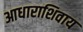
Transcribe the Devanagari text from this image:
आधाराशिवाय